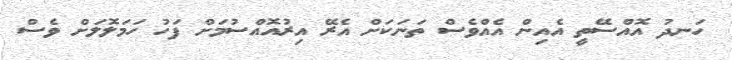
ހަނދު އޮއްސޭތީ އެއިން އެއްވެސް ތަނަކަށް އެރޭ އިރުއޮއްސުމަށް ފަހު ހަމަލޮލަށް ވެސް